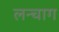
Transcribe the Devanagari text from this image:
लन्चाग